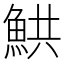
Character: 䱋